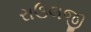
રાઉલજી